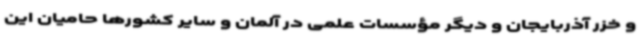
و خزر آذربایجان و دیگر مؤسسات علمی در آلمان و سایر کشورها حامیان این